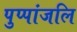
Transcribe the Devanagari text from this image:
पुप्पांजलि